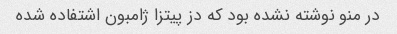
در منو نوشته نشده بود که دز پیتزا ژامبون اشتفاده شده